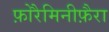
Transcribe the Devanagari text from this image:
फ़ोरैमिनीफ़ैरा